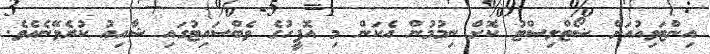
އިންޓަވިއުއަށް ޝޯޓްލިސްޓު ކޮށް ނިމުމުން އެކަން މި އޮފީހުގެ ވެބްސައިޓުގައި ޝާއިޢު ކުރެވޭނެއެވެ.